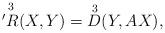
LaTeX: \begin{align*}\overset{3}{'R} (X,Y) = \overset{3}{D} (Y,AX),\end{align*}